Indian journal of veterinary science and animal husbandry - Volumes 15-17, 1948-1951
Year: 1948
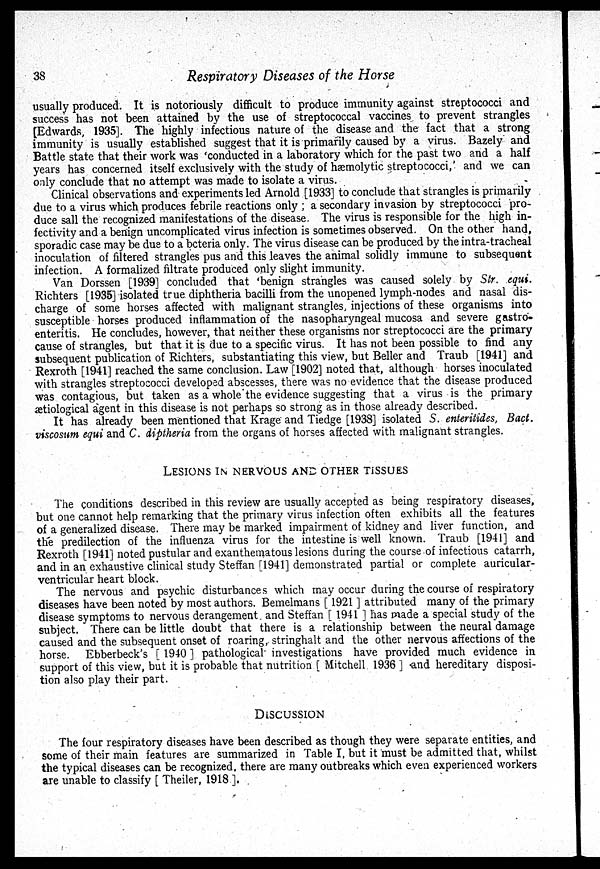
38
Respiratory Diseases of the Horse
usually produced. It is notoriously difficult to produce immunity against streptococci and
success has not been attained by the use of streptococcal vaccines to prevent strangles
[Edwards, 1935]. The highly infectious nature of the disease and the fact that a strong
immunity is usually established suggest that it is primarily caused by a virus. Bazely and
Battle state that their work was 'conducted in a laboratory which for the past two and a half
years has concerned itself exclusively with the study of hæmolytic streptococci,' and we can
only conclude that no attempt was made to isolate a virus.
Clinical observations and experiments led Arnold [1933] to conclude that strangles is primarily
due to a virus which produces febrile reactions only ; a secondary invasion by streptococci pro-
duce sall the recognized manifestations of the disease. The virus is responsible for the high in-
fectivity and a benign uncomplicated virus infection is sometimes observed. On the other hand,
sporadic case may be due to a bcteria only. The virus disease can be produced by the intra-tracheal
inoculation of filtered strangles pus and this leaves the animal solidly immune to subsequent
infection. A formalized filtrate produced only slight immunity.
Van Dorssen [1939] concluded that 'benign strangles was caused solely by Str. equi.
Richters [1935] isolated true diphtheria bacilli from the unopened lymph-nodes and nasal dis-
charge of some horses affected with malignant strangles, injections of these organisms into
susceptible horses produced inflammation of the nasopharyngeal mucosa and severe gastro-
enteritis. He concludes, however, that neither these organisms nor streptococci are the primary
cause of strangles, but that it is due to a specific virus. It has not been possible to find any
subsequent publication of Richters, substantiating this view, but Beller and Traub [1941] and
Rexroth [1941] reached the same conclusion. Law [1902] noted that, although horses inoculated
with strangles streptococci developed abscesses, there was no evidence that the disease produced
was contagious, but taken as a whole the evidence suggesting that a virus is the primary
ætiological agent in this disease is not perhaps so strong as in those already described.
It has already been mentioned that Krage and Tiedge [1938] isolated S. enteritides, Bact.
viscosum equi and C. diptheria from the organs of horses affected with malignant strangles.
LESIONS IN NERVOUS AND OTHER TISSUES
The conditions described in this review are usually accepted as being respiratory diseases,
but one cannot help remarking that the primary virus infection often exhibits all the features
of a generalized disease. There may be marked impairment of kidney and liver function, and
the predilection of the influenza virus for the intestine is well known. Traub [1941] and
Rexroth [1941] noted pustular and exanthematous lesions during the course of infectious catarrh,
and in an exhaustive clinical study Steffan [1941] demonstrated partial or complete auricular-
ventricular heart block.
The nervous and psychic disturbances which may occur during the course of respiratory
diseases have been noted by most authors. Bemelmans [ 1921 ] attributed many of the primary
disease symptoms to nervous derangement and Steffan [ 1941 ] has made a special study of the
subject. There can be little doubt that there is a relationship between the neural damage
caused and the subsequent onset of roaring, stringhalt and the other nervous affections of the
horse. Ebberbeck's [ 1940 ] pathological investigations have provided much evidence in
support of this view, but it is probable that nutrition [ Mitchell 1936 ] and hereditary disposi-
tion also play their part.
DISCUSSION
The four respiratory diseases have been described as though they were separate entities, and
some of their main features are summarized in Table I, but it must be admitted that, whilst
the typical diseases can be recognized, there are many outbreaks which even experienced workers
are unable to classify [ Theiler, 1918 ].